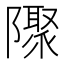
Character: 𨽁